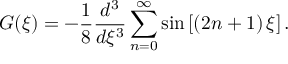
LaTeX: G ( \xi ) = - \frac { 1 } { 8 } \frac { d ^ { 3 } } { d \xi ^ { 3 } } \sum _ { n = 0 } ^ { \infty } \sin \left[ \left( 2 n + 1 \right) \xi \right] .